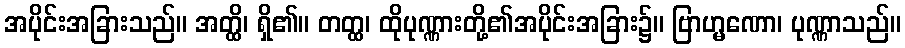
အပိုင်းအခြားသည်။ အတ္ထိ၊ ရှိ၏။ တတ္ထ၊ ထိုပုဏ္ဏားတို့၏အပိုင်းအခြား၌။ ဗြာဟ္မဏော၊ ပုဏ္ဏာသည်။